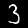
Label: 3